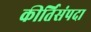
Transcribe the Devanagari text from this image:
कीर्तिसंपदा